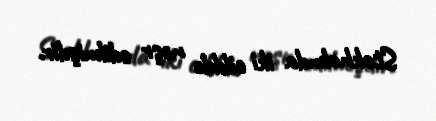
Stokholmda iki cilddə nəşr edilmişdir.